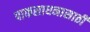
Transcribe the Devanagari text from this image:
पाकसाधनासाठी